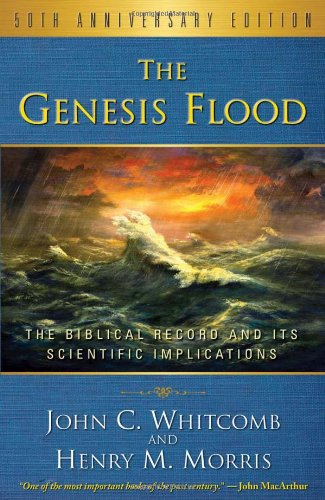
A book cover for The Genesis Flood 50th Anniversary Edition; John C. Whitcomb; Christian Books & Bibles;